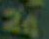
24